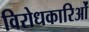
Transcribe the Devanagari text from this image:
विरोधकारिओं